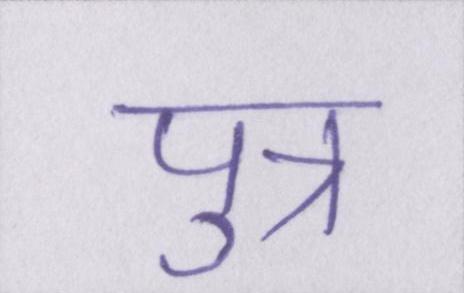
पुत्र